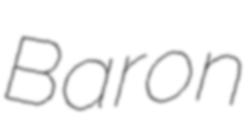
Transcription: Baron